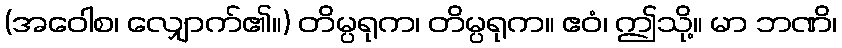
(အဝေါစ၊ လျှောက်၏။) တိမ္ပရုက၊ တိမ္ပရုက။ ဧဝံ၊ ဤသို့။ မာ ဘဏိ၊